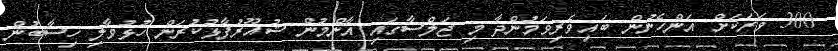
300 ވަރަކަށް އަންހެނުން ބައިވެރިވަމުންދާ މި ޖަލްސާގައި އާންމުން ޝުއޫރުފާޅުކުރަން ހުޅުވާލި ހިސާބުން